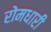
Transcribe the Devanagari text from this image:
रोमधारी